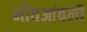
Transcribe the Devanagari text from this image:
भोंयआंवली